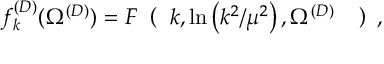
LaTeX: f _ { k } ^ { ( D ) } ( \Omega ^ { ( { D } ) } ) = F \mathrm { \boldmath \large ~ \left( ~ \right. ~ } \! \! \! k , \ln \left( k ^ { 2 } / \mu ^ { 2 } \right) , \Omega ^ { ( { D } ) } \mathrm { \boldmath \large ~ \left. ~ \right) ~ } \! \! \; ,